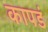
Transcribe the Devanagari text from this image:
कापडं